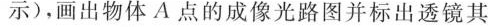
示)，画出物体A点的成像光路图并标出透镜其